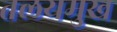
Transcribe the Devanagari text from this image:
तलयमुख